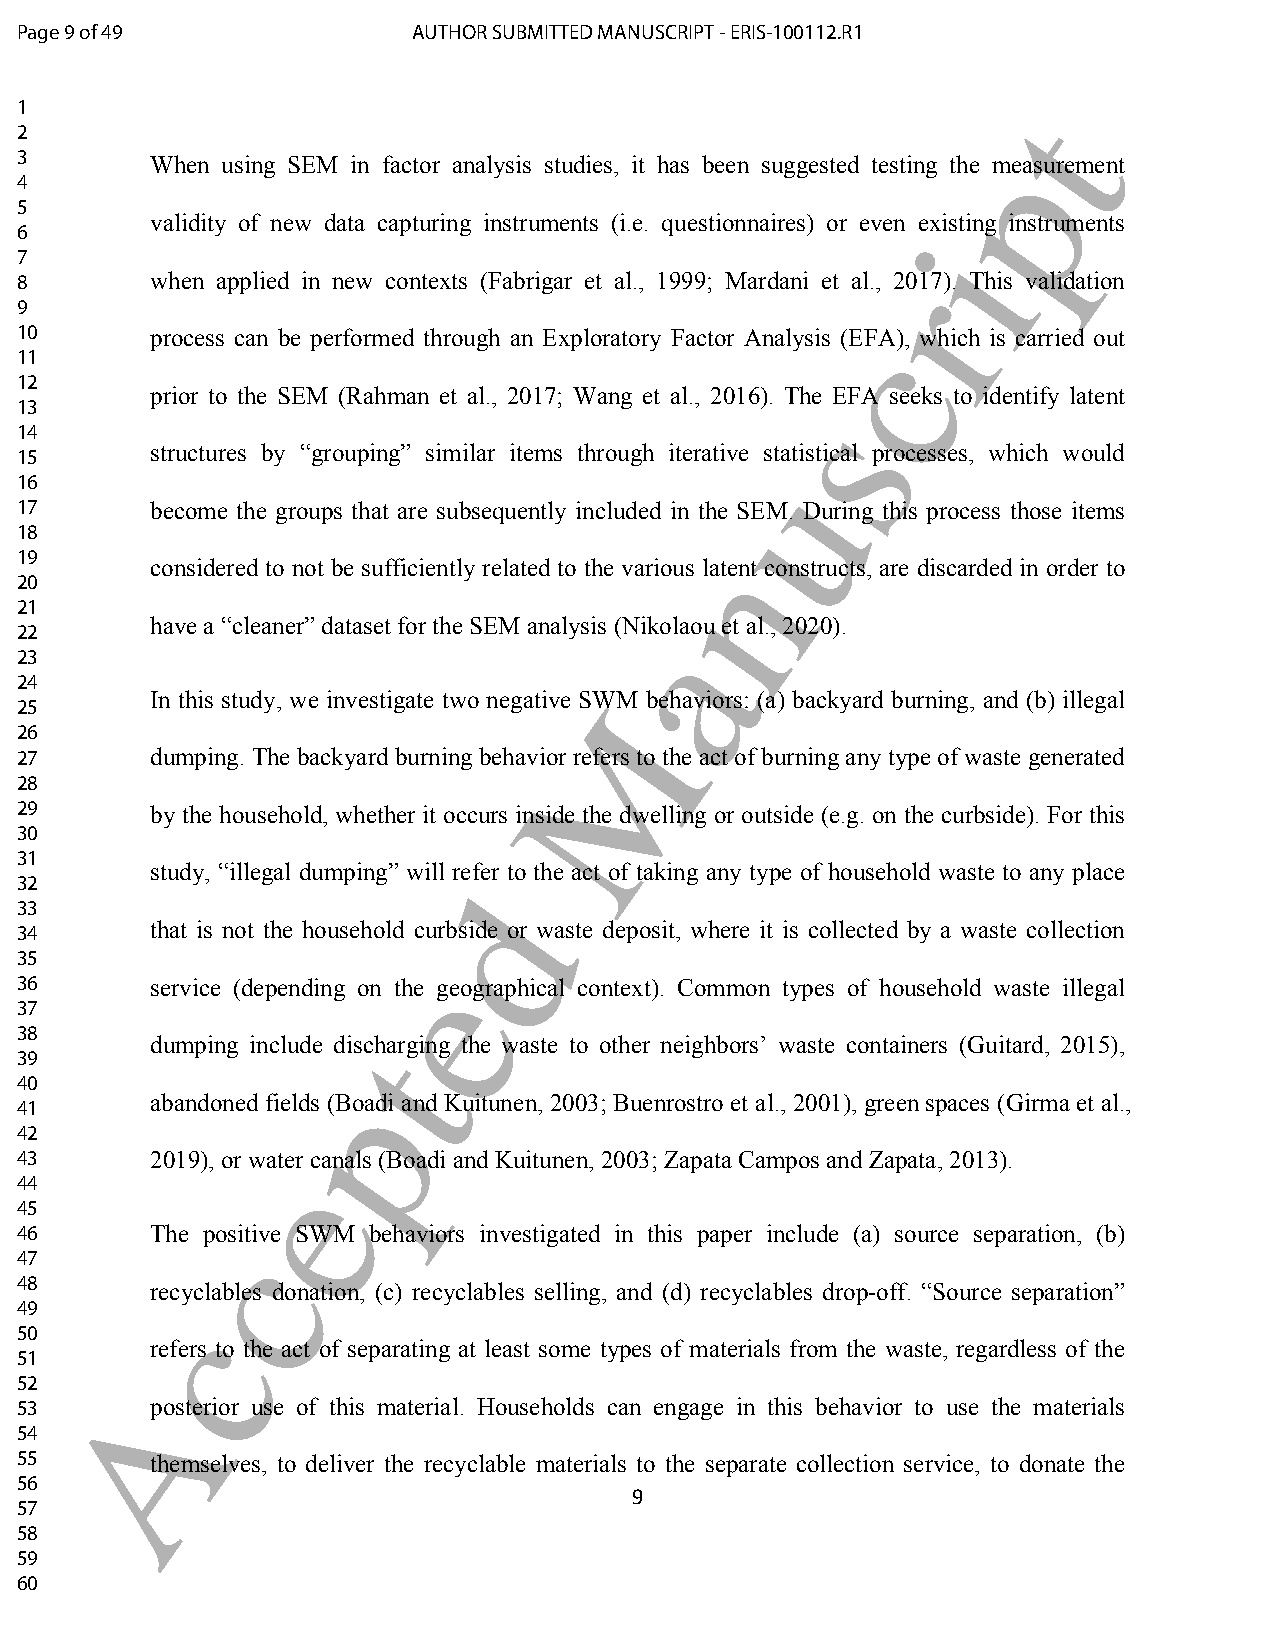
Page 9 of 49              AUTHOR SUBMITTED MANUSCRIPT - ERIS-100112.R1
 1                                                                 t
 2
 p
 3        When using SEM in factor analysis studies, it has been suggested testing the measurement
 4
 5
 validity of new data capturing instruments (i.e. questionnaires) or even existing instruments
 6                                                           i
 7
 8        when applied in new contexts (Fabrigar et al., 1999; Mardani et al., r2017). This validation
 9
 10       process can be performed through an Exploratory Factor Analysis (c EFA), which is carried out
 11
 12
 prior to the SEM (Rahman et al., 2017; Wang et al., 2016). The EFA seeks to identify latent
 s
 13
 14
 structures by “grouping” similar items through iterative statistical processes, which would
 15
 u
 16
 17       become the groups that are subsequently included in the SEM. During this process those items
 18
 n
 19
 considered to not be sufficiently related to the various latent constructs, are discarded in order to
 20
 21
 have a “cleaner” dataset for the SEM analysis (Niakolaou et al., 2020).
 22
 23
 24
 In this study, we investigate two negative SMWM behaviors: (a) backyard burning, and (b) illegal
 25
 26
 27       dumping. The backyard burning behavior refers to the act of burning any type of waste generated
 28
 29       by the household, whether it occurs inside the dwelling or outside (e.g. on the curbside). For this
 30
 31
 study, “illegal dumping” will refer to the act of taking any type of household waste to any place
 32                           d
 33
 34       that is not the household curbside or waste deposit, where it is collected by a waste collection
 35
 e
 36       service (depending on the geographical context). Common types of household waste illegal
 37
 38       dumping include distcharging the waste to other neighbors’ waste containers (Guitard, 2015),
 39
 40                  p
 abandoned fields (Boadi and Kuitunen, 2003; Buenrostro et al., 2001), green spaces (Girma et al.,
 41
 42
 43       2019), or weater canals (Boadi and Kuitunen, 2003; Zapata Campos and Zapata, 2013).
 44
 45
 46       The pcositive SWM behaviors investigated in this paper include (a) source separation, (b)
 47
 48       recyclables donation, (c) recyclables selling, and (d) recyclables drop-off. “Source separation”
 49        c
 50
 refers to the act of separating at least some types of materials from the waste, regardless of the
 51
 52     A
 53       posterior use of this material. Households can engage in this behavior to use the materials
 54
 55       themselves, to deliver the recyclable materials to the separate collection service, to donate the
 56
 9
 57
 58
 59
 60